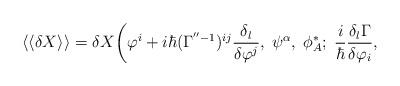
LaTeX: \begin{align*}\langle\langle\delta X\rangle\rangle =\delta X\bigg(\varphi^i+ i\hbar(\Gamma^{''-1})^{ij} \frac{\delta_l}{\delta\varphi^j},\;\psi^\alpha,\; \phi^*_A;\;\frac{i}{\hbar}\frac{\delta_l\Gamma}{\delta\varphi_i}, \rule{4cm}{0cm}\end{align*}